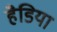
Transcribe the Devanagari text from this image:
हैडिया